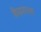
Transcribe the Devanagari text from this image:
केसरनाथ